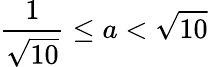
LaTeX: {\frac{1}{\sqrt{10}}}\leq a<{\sqrt{10}}